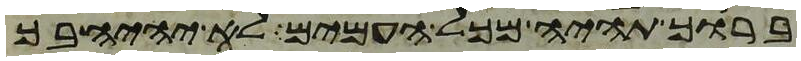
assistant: ברוך תהיה מכל העמים לא יהיה בך